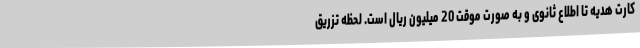
کارت هدیه تا اطلاع ثانوی و به صورت موقت 20 میلیون ریال است. لحظه تزریق